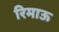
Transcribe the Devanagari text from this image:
रिमाऊ